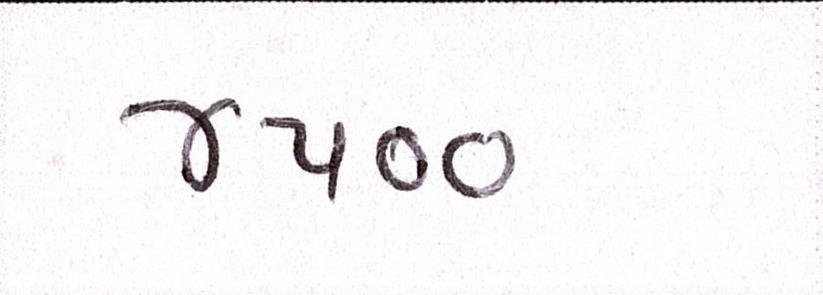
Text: ૪૫૦૦